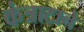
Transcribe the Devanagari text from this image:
कंत्राटाने